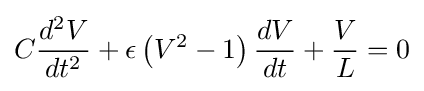
C{\frac {d^{2}V}{dt^{2}}}+\epsilon \left(V^{2}-1\right){\frac {dV}{dt}}+{\frac {V}{L}}=0